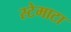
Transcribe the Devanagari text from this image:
स्टेमाटा